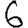
Digit: 6